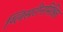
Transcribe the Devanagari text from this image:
ग्लिसरीनमिश्रित